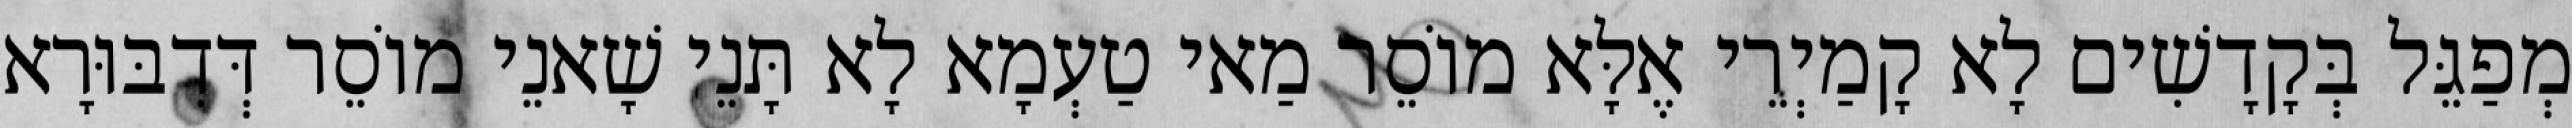
מְפַגֵּל בְּקָדָשִׁים לָא קָמַיְרֵי אֶלָּא מוֹסֵר מַאי טַעְמָא לָא תָּנֵי שָׁאנֵי מוֹסֵר דְּדִבּוּרָא